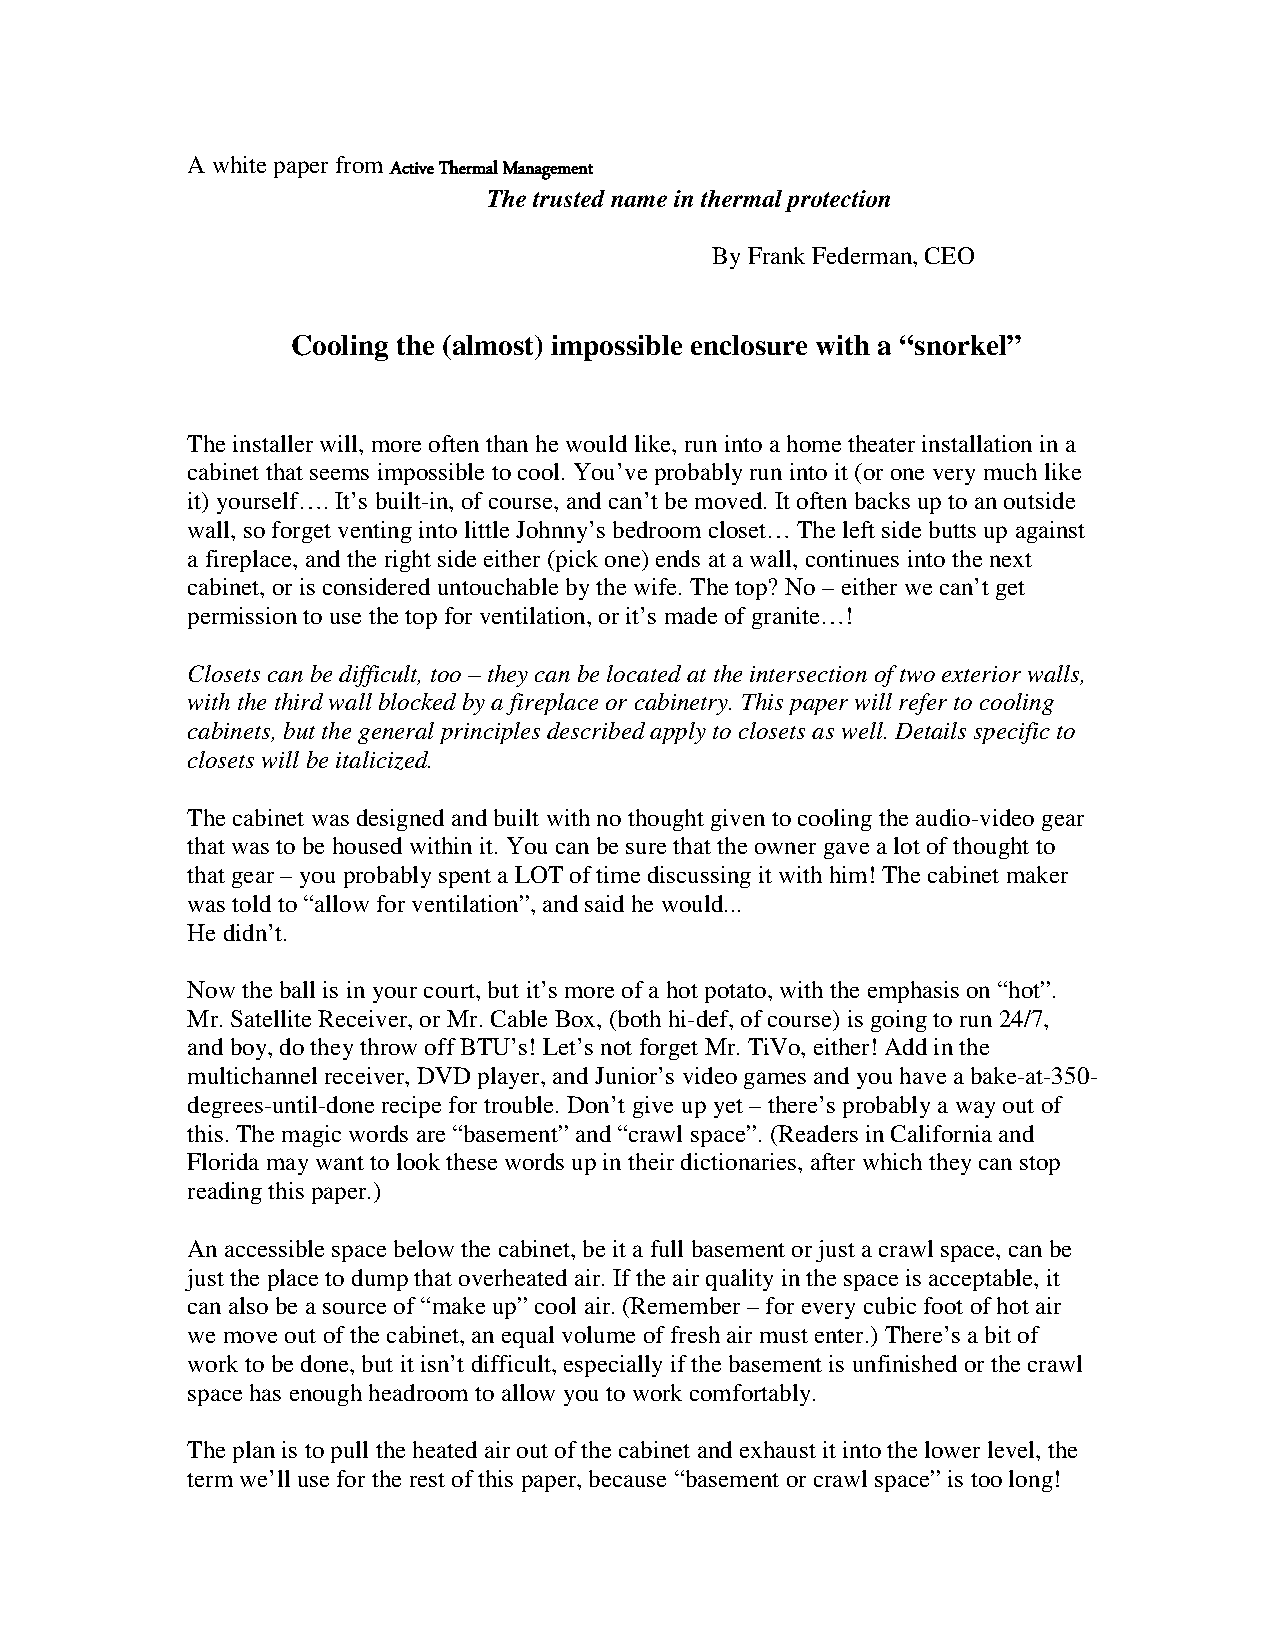
A white paper from Active Thermal Management
 The trusted name in thermal protection
 By Frank Federman, CEO
 Cooling the (almost) impossible enclosure with a “snorkel”
 The installer will, more often than he would like, run into a home theater installation in a
 cabinet that seems impossible to cool. You’ve probably run into it (or one very much like
 it) yourself…. It’s built-in, of course, and can’t be moved. It often backs up to an outside
 wall, so forget venting into little Johnny’s bedroom closet… The left side butts up against
 a fireplace, and the right side either (pick one) ends at a wall, continues into the next
 cabinet, or is considered untouchable by the wife. The top? No – either we can’t get
 permission to use the top for ventilation, or it’s made of granite…!
 Closets can be difficult, too – they can be located at the intersection of two exterior walls,
 with the third wall blocked by a fireplace or cabinetry. This paper will refer to cooling
 cabinets, but the general principles described apply to closets as well. Details specific to
 closets will be italicized.
 The cabinet was designed and built with no thought given to cooling the audio-video gear
 that was to be housed within it. You can be sure that the owner gave a lot of thought to
 that gear – you probably spent a LOT of time discussing it with him! The cabinet maker
 was told to “allow for ventilation”, and said he would...
 He didn’t.
 Now the ball is in your court, but it’s more of a hot potato, with the emphasis on “hot”.
 Mr. Satellite Receiver, or Mr. Cable Box, (both hi-def, of course) is going to run 24/7,
 and boy, do they throw off BTU’s! Let’s not forget Mr. TiVo, either! Add in the
 multichannel receiver, DVD player, and Junior’s video games and you have a bake-at-350-
 degrees-until-done recipe for trouble. Don’t give up yet – there’s probably a way out of
 this. The magic words are “basement” and “crawl space”. (Readers in California and
 Florida may want to look these words up in their dictionaries, after which they can stop
 reading this paper.)
 An accessible space below the cabinet, be it a full basement or just a crawl space, can be
 just the place to dump that overheated air. If the air quality in the space is acceptable, it
 can also be a source of “make up” cool air. (Remember – for every cubic foot of hot air
 we move out of the cabinet, an equal volume of fresh air must enter.) There’s a bit of
 work to be done, but it isn’t difficult, especially if the basement is unfinished or the crawl
 space has enough headroom to allow you to work comfortably.
 The plan is to pull the heated air out of the cabinet and exhaust it into the lower level, the
 term we’ll use for the rest of this paper, because “basement or crawl space” is too long!